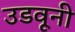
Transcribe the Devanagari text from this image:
उडवूनी